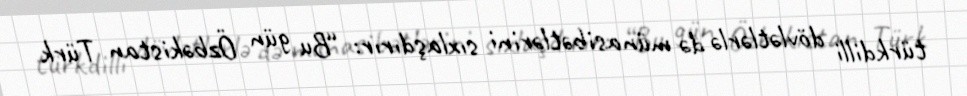
türkdilli dövlətlərlə də münasibətlərini sıxlaşdırır: “Bu gün Özbəkistan Türk